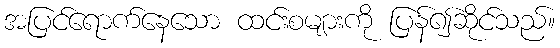
အပြင်ရောက်နေသော ထင်းစများကို ပြန်၍ဆိုင်သည်။